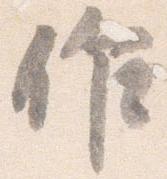
作